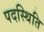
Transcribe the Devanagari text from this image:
पदस्थिति